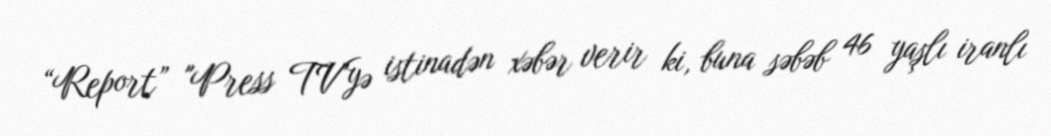
“Report” "Press TV"yə istinadən xəbər verir ki, buna səbəb 46 yaşlı iranlı